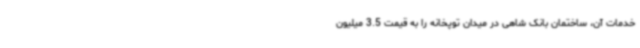
خدمات آن، ساختمان بانک شاهی در میدان توپخانه را به قیمت 3.5 میلیون